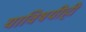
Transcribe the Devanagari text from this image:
याविषयीही